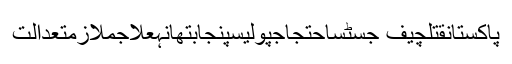
پاکستانقتلچیف جسٹساحتجاجپولیسپنجابتھانہعلاجملازمتعدالت